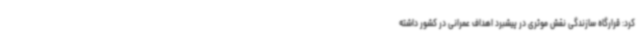
کرد: قرارگاه سازندگی نقش موثری در پیشبرد اهداف عمرانی در کشور داشته